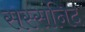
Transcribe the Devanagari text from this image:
सस्सनिद